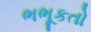
ભભૂકતો